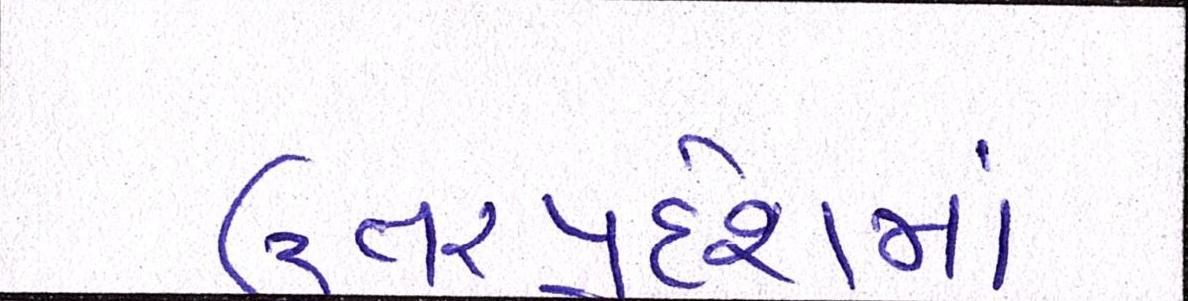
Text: ઉત્તરપ્રદેશમાં